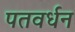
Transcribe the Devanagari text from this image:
पतवर्धन